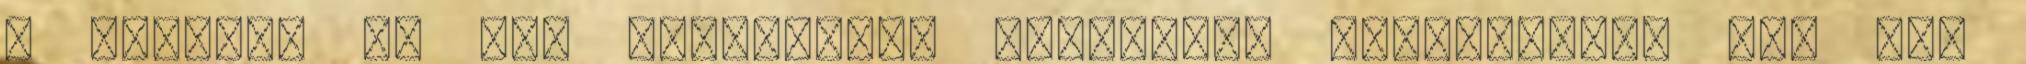
a minden. Ti mit olvastatok utoljára? Könyvajánló egy két